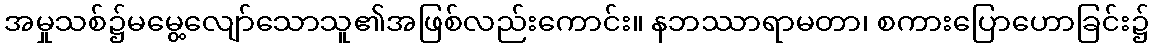
အမှုသစ်၌မမွေ့လျော်သောသူ၏အဖြစ်လည်းကောင်း။ နဘဿာရာမတာ၊ စကားပြောဟောခြင်း၌